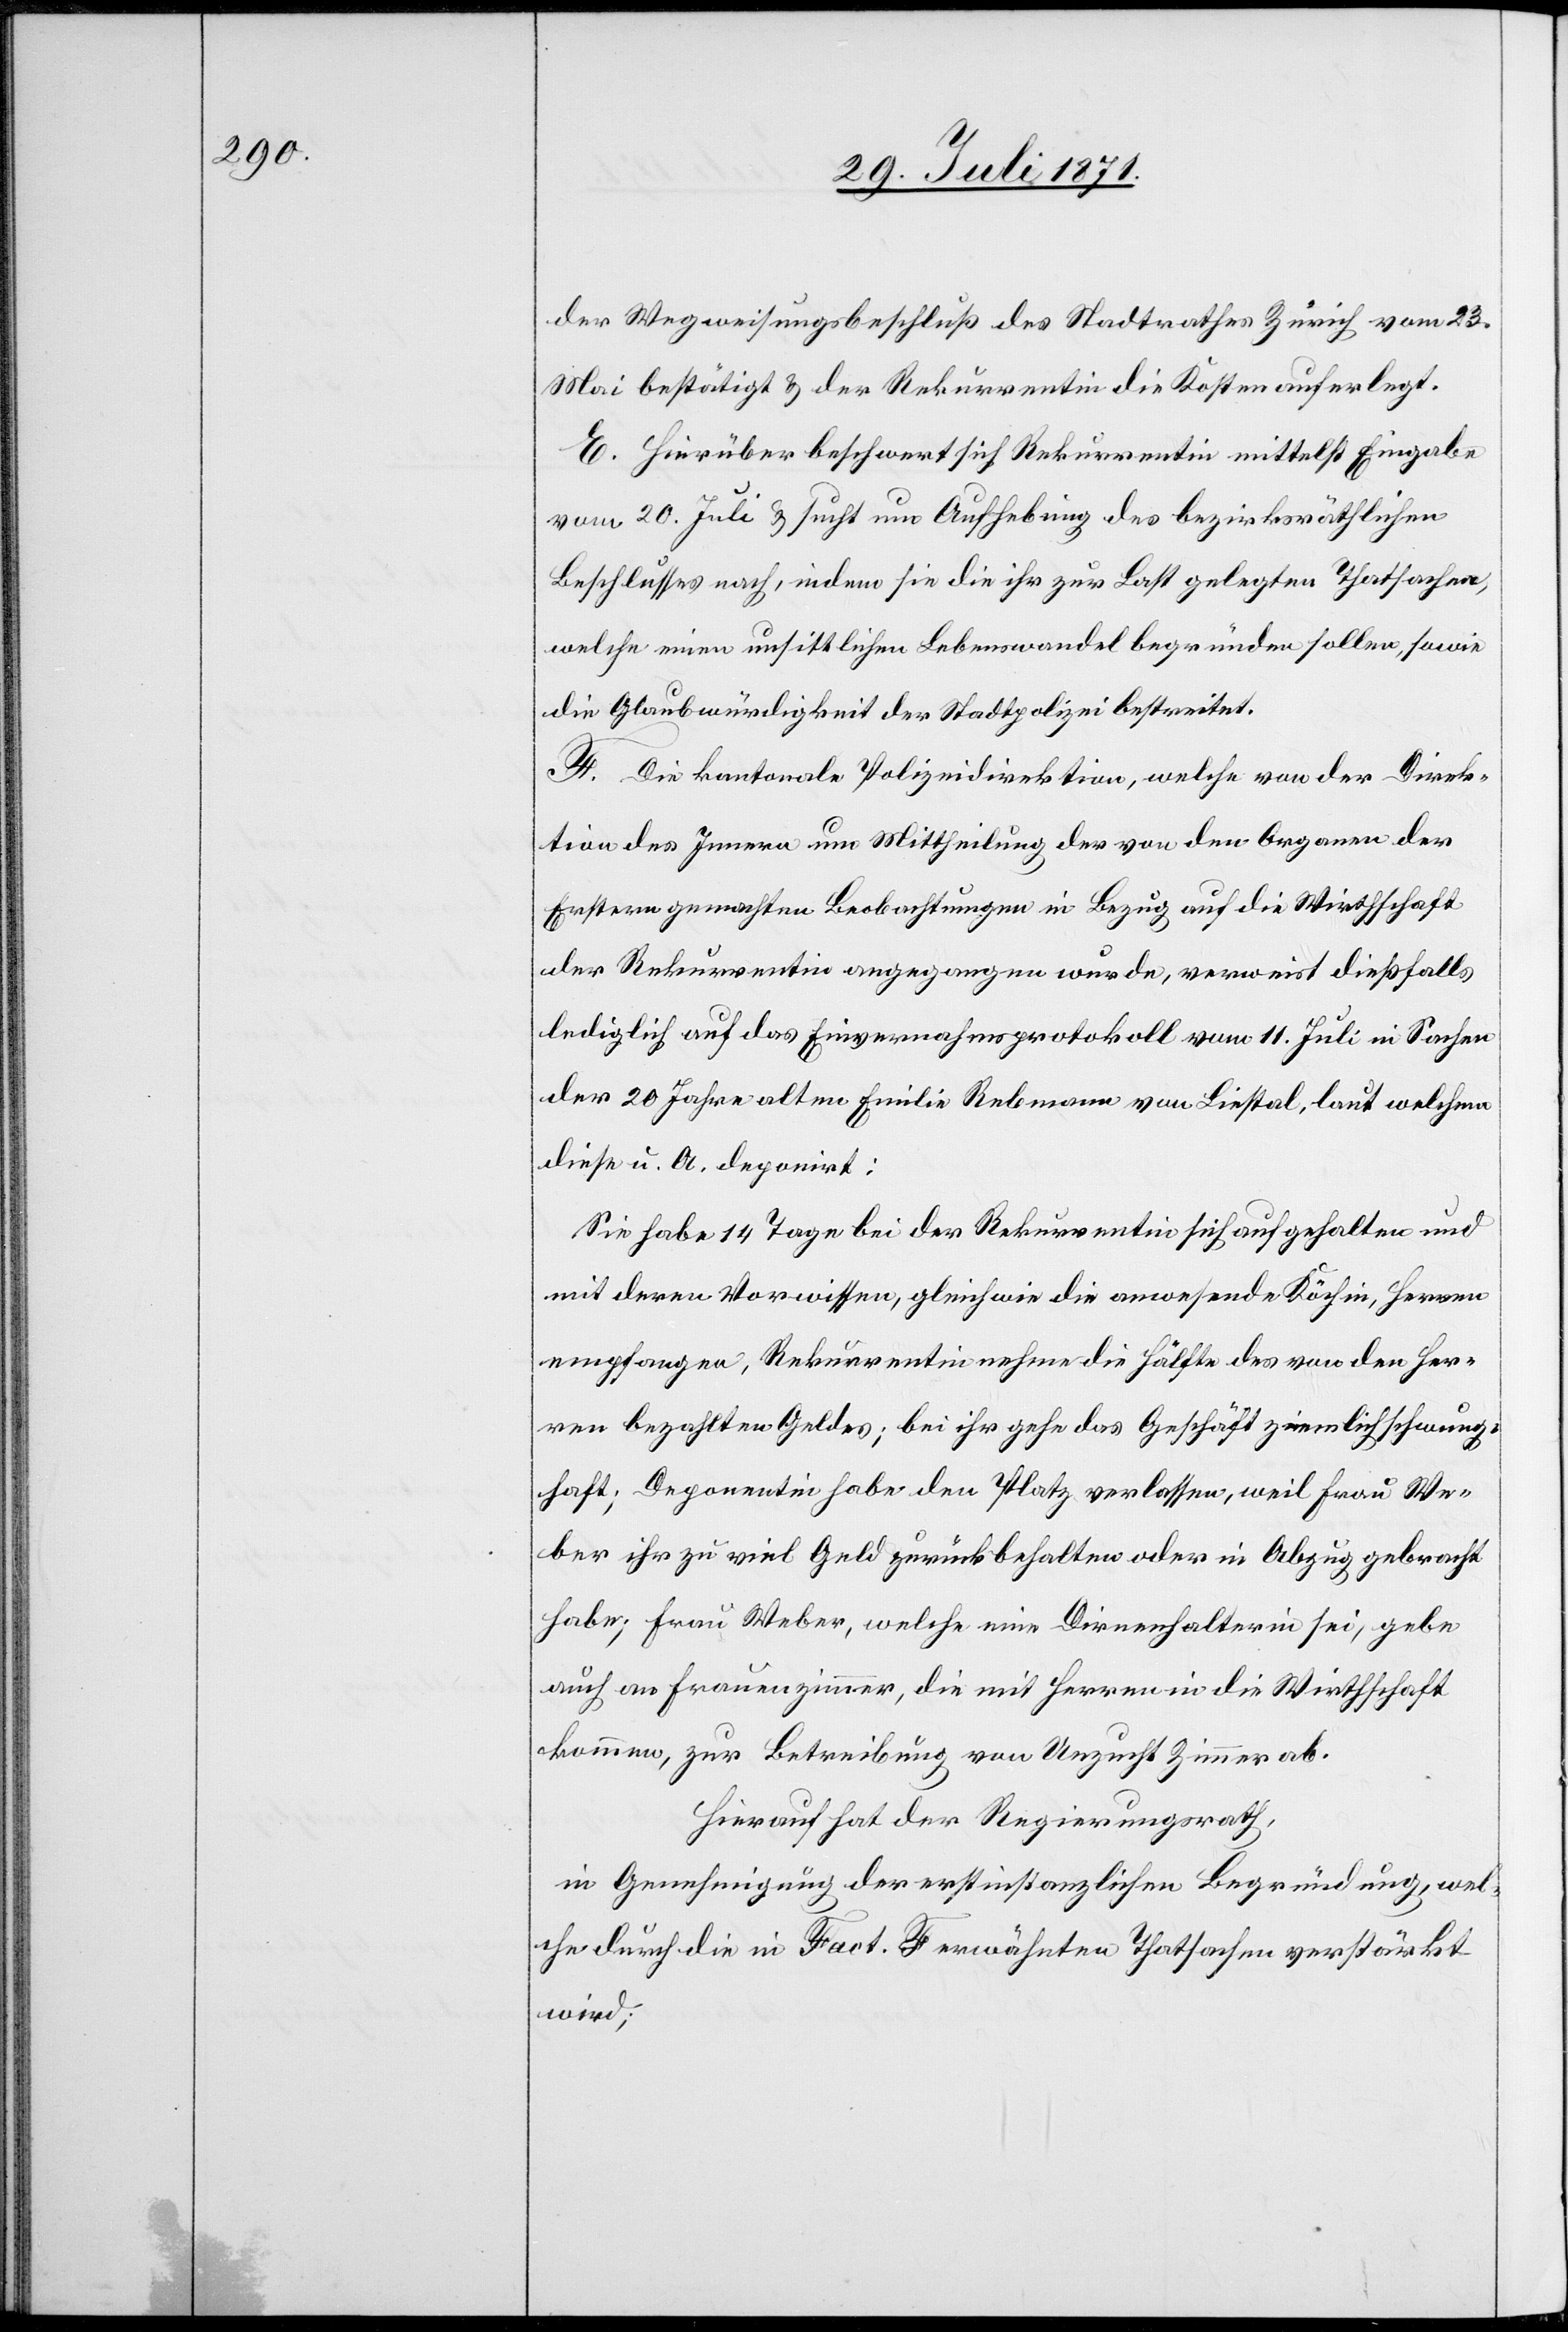
der Wegweisungsbeschluß des Stadtrathes Zürich vom 23.
Mai bestätigt u. der Rekurrentin die Kosten auferlegt.
E. Hierüber beschwert sich Rekurrentin mittelst Eingabe
vom 20. Juli u. sucht um Aufhebung des bezirksräthlichen
Beschlusses nach, indem sie die ihr zur Last gelegten Thatsachen,
welche einen unsittlichen Lebenswandel begründen sollen, sowie
die Glaubwürdigkeit der Stadtpolizei bestreitet.
F. Die kantonale Polizeidirektion, welche von der Direk¬
tion des Innern um Mittheilung der von den Organen der
Ersteren gemachten Beobachtungen in Bezug auf die Wirthschaft
der Rekurrentin angegangen wurde, verweist dießfalls
lediglich auf das Einvernahmsprotokoll vom 11. Juli in Sachen
der 20 Jahre alten Emilie Rebmann von Liestal, laut welchem
diese u. A. deponirt:
Sie habe 14 Tage bei der Rekurrentin sich aufgehalten und
mit deren Vorwissen, gleichwie die anwesende Köchin, Herren
empfangen, Rekurrentin nehme die Hälfte des von den Her¬
ren bezahlten Geldes; bei ihr gehe das Geschäft ziemlich schwung¬
haft; Deponentin habe den Platz verlassen, weil Frau We¬
ber ihr zu viel Geld zurückbehalten oder in Abzug gebracht
habe; Frau Weber, welche eine Dirnenhalterin sei, gebe
auch an Frauenzimmer, die mit Herren in die Wirthschaft
kommen, zur Betreibung von Unzucht Zimmer ab.
Hierauf hat der Regierungsrath,
in Genehmigung der erstinstanzlichen Begründung, wel¬
che durch die in Fact. F erwähnten Thatsachen verstärkt
wird;